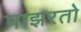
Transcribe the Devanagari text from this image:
पाझरतो